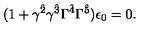
( 1 + \gamma ^ { \hat { 2 } } \gamma ^ { \hat { 3 } } \Gamma ^ { \hat { 4 } } \Gamma ^ { \hat { 5 } } ) \epsilon _ { 0 } = 0 .